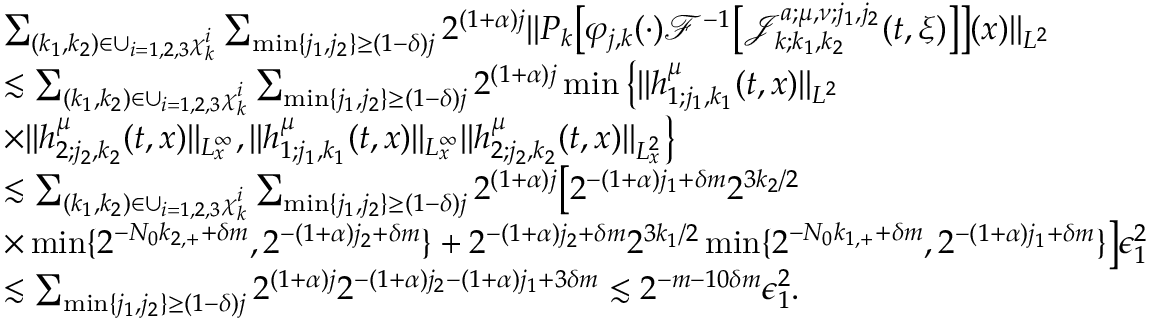
\begin{array} { r l } & { \sum _ { ( k _ { 1 } , k _ { 2 } ) \in \cup _ { i = 1 , 2 , 3 } \chi _ { k } ^ { i } } \sum _ { \operatorname* { m i n } \{ j _ { 1 } , j _ { 2 } \} \geq ( 1 - \delta ) j } 2 ^ { ( 1 + \alpha ) j } \| P _ { k } \big [ \varphi _ { j , k } ( \cdot ) \mathcal { F } ^ { - 1 } \big [ \mathcal { J } _ { k ; k _ { 1 } , k _ { 2 } } ^ { a ; \mu , \nu ; j _ { 1 } , j _ { 2 } } ( t , \xi ) \big ] \big ] ( x ) \| _ { L ^ { 2 } } } \\ & { \lesssim \sum _ { ( k _ { 1 } , k _ { 2 } ) \in \cup _ { i = 1 , 2 , 3 } \chi _ { k } ^ { i } } \sum _ { \operatorname* { m i n } \{ j _ { 1 } , j _ { 2 } \} \geq ( 1 - \delta ) j } 2 ^ { ( 1 + \alpha ) j } \operatorname* { m i n } \big \{ \| h _ { 1 ; j _ { 1 } , k _ { 1 } } ^ { \mu } ( t , x ) \| _ { L ^ { 2 } } } \\ & { \times \| h _ { 2 ; j _ { 2 } , k _ { 2 } } ^ { \mu } ( t , x ) \| _ { L _ { x } ^ { \infty } } , \| h _ { 1 ; j _ { 1 } , k _ { 1 } } ^ { \mu } ( t , x ) \| _ { L _ { x } ^ { \infty } } \| h _ { 2 ; j _ { 2 } , k _ { 2 } } ^ { \mu } ( t , x ) \| _ { L _ { x } ^ { 2 } } \big \} } \\ & { \lesssim \sum _ { ( k _ { 1 } , k _ { 2 } ) \in \cup _ { i = 1 , 2 , 3 } \chi _ { k } ^ { i } } \sum _ { \operatorname* { m i n } \{ j _ { 1 } , j _ { 2 } \} \geq ( 1 - \delta ) j } 2 ^ { ( 1 + \alpha ) j } \big [ 2 ^ { - ( 1 + \alpha ) j _ { 1 } + \delta m } 2 ^ { 3 k _ { 2 } / 2 } } \\ & { \times \operatorname* { m i n } \{ 2 ^ { - N _ { 0 } k _ { 2 , + } + \delta m } , 2 ^ { - ( 1 + \alpha ) j _ { 2 } + \delta m } \} + 2 ^ { - ( 1 + \alpha ) j _ { 2 } + \delta m } 2 ^ { 3 k _ { 1 } / 2 } \operatorname* { m i n } \{ 2 ^ { - N _ { 0 } k _ { 1 , + } + \delta m } , 2 ^ { - ( 1 + \alpha ) j _ { 1 } + \delta m } \} \big ] \epsilon _ { 1 } ^ { 2 } } \\ & { \lesssim \sum _ { \operatorname* { m i n } \{ j _ { 1 } , j _ { 2 } \} \geq ( 1 - \delta ) j } 2 ^ { ( 1 + \alpha ) j } 2 ^ { - ( 1 + \alpha ) j _ { 2 } - ( 1 + \alpha ) j _ { 1 } + 3 \delta m } \lesssim 2 ^ { - m - 1 0 \delta m } \epsilon _ { 1 } ^ { 2 } . } \end{array}